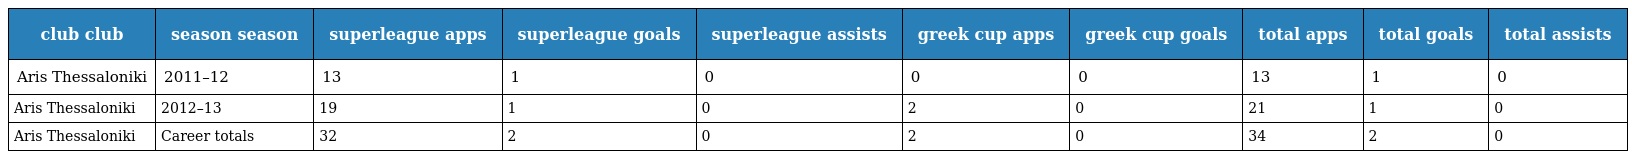
| club club | season season | superleague apps | superleague goals | superleague assists | greek cup apps | greek cup goals | total apps | total goals | total assists |
 | --- | --- | --- | --- | --- | --- | --- | --- | --- | --- |
 | Aris Thessaloniki | 2011–12 | 13 | 1 | 0 | 0 | 0 | 13 | 1 | 0 |
 | Aris Thessaloniki | 2012–13 | 19 | 1 | 0 | 2 | 0 | 21 | 1 | 0 |
 | Aris Thessaloniki | Career totals | 32 | 2 | 0 | 2 | 0 | 34 | 2 | 0 |